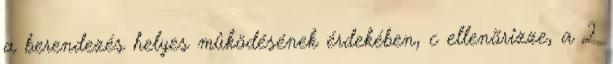
a berendezés helyes mûködésének érdekében, c ellenõrizze, a 2.